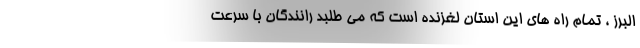
البرز ، تمام راه های این استان لغزنده است که می طلبد رانندگان با سرعت